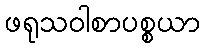
ဖရုသဝါစာပစ္စယာ